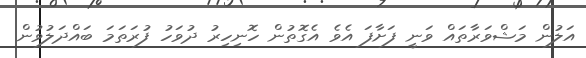
އަލުން މަޝްވަރާތައް ވަނީ ފަށާފަ އެވެ އެގޮތުން ހޮނިހިރު ދުވަހު ފުރަތަމަ ބައްދަލުވުން